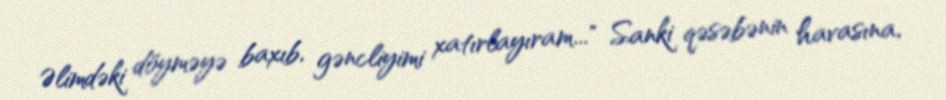
Əlimdəki döyməyə baxıb, gəncliyimi xatırlayıram..." Sanki qəsəbənin havasına,